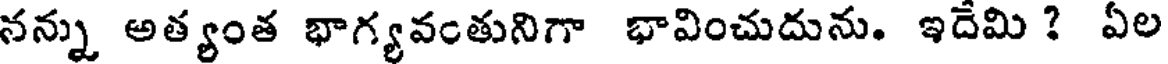
నన్ను అత్యంత భాగ్యవంతునిగా భావించుదును. ఇదేమి ? ఏల